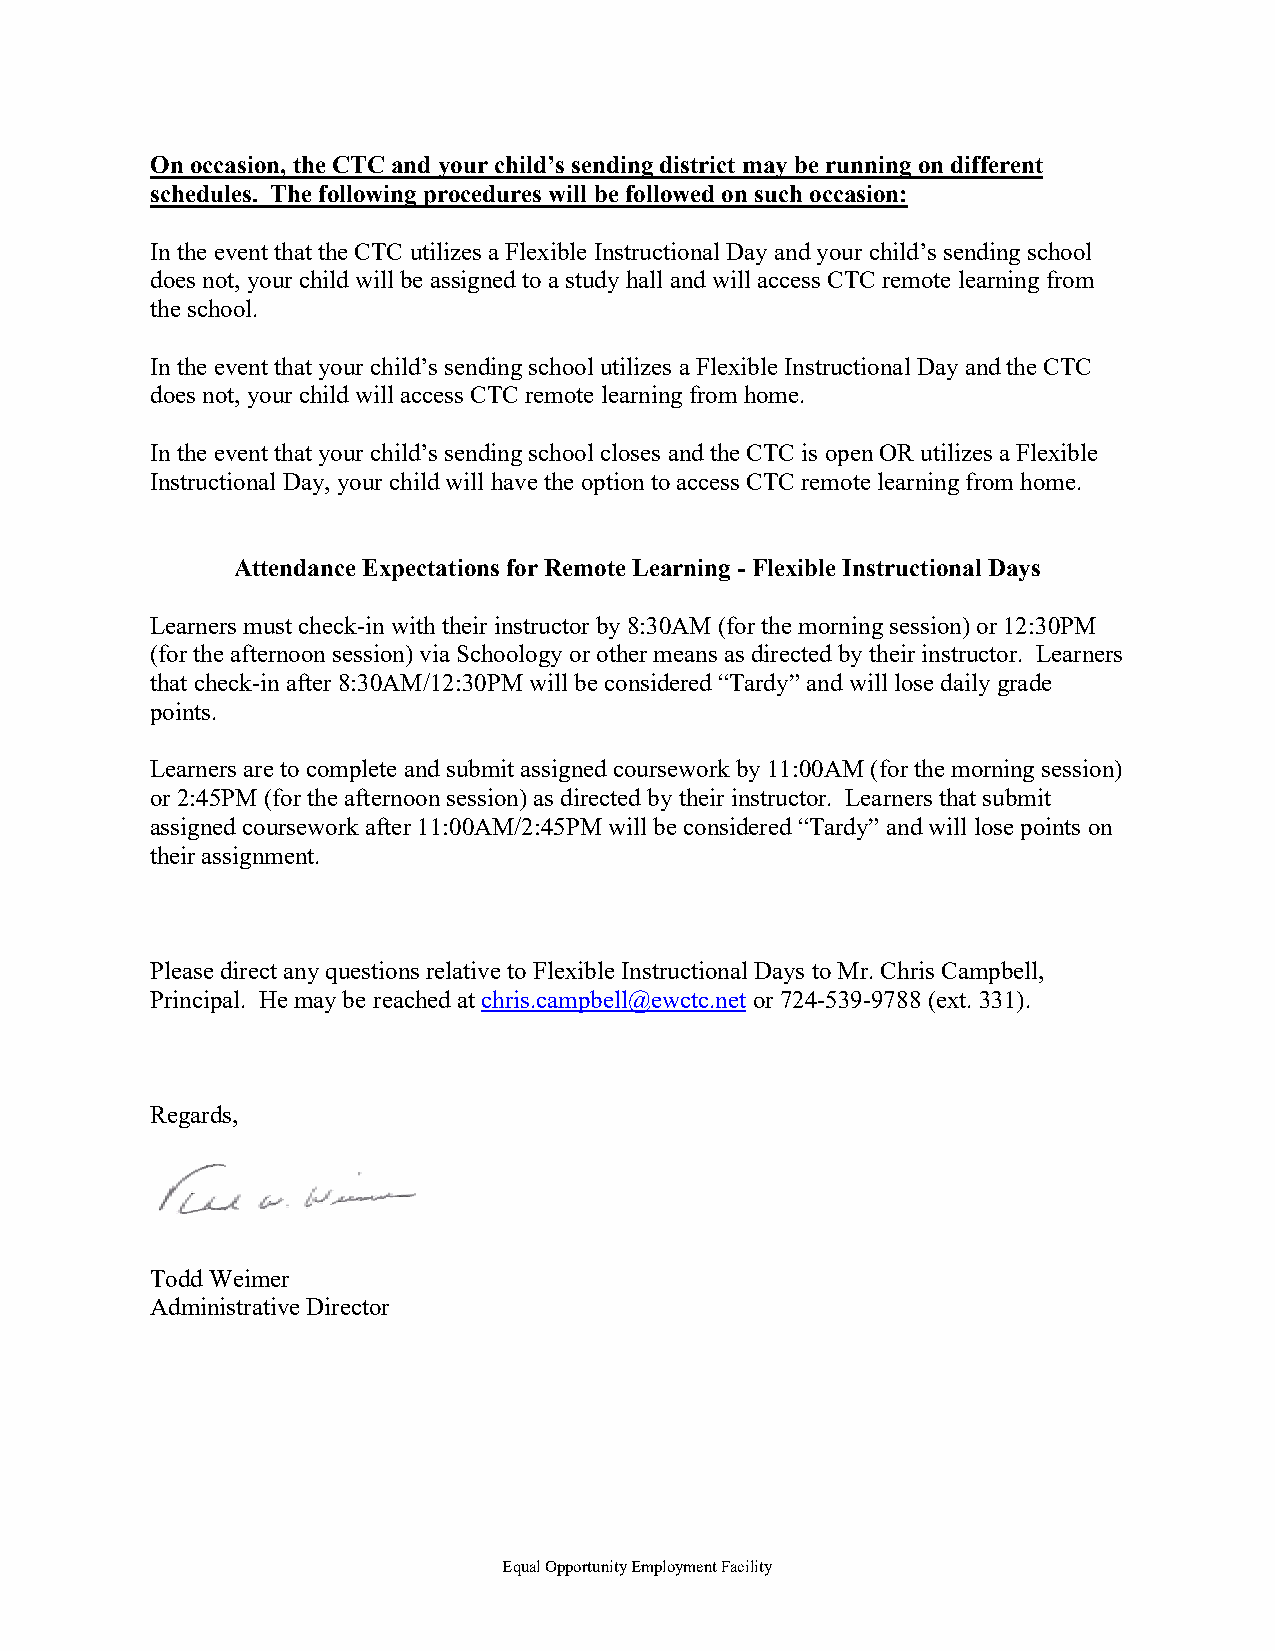
On occasion, the CTC and your child’s sending district may be running on different
 schedules. The following procedures will be followed on such occasion:
 In the event that the CTC utilizes a Flexible Instructional Day and your child’s sending school
 does not, your child will be assigned to a study hall and will access CTC remote learning from
 the school.
 In the event that your child’s sending school utilizes a Flexible Instructional Day and the CTC
 does not, your child will access CTC remote learning from home.
 In the event that your child’s sending school closes and the CTC is open OR utilizes a Flexible
 Instructional Day, your child will have the option to access CTC remote learning from home.
 Attendance Expectations for Remote Learning - Flexible Instructional Days
 Learners must check-in with their instructor by 8:30AM (for the morning session) or 12:30PM
 (for the afternoon session) via Schoology or other means as directed by their instructor. Learners
 that check-in after 8:30AM/12:30PM will be considered “Tardy” and will lose daily grade
 points.
 Learners are to complete and submit assigned coursework by 11:00AM (for the morning session)
 or 2:45PM (for the afternoon session) as directed by their instructor. Learners that submit
 assigned coursework after 11:00AM/2:45PM will be considered “Tardy” and will lose points on
 their assignment.
 Please direct any questions relative to Flexible Instructional Days to Mr. Chris Campbell,
 Principal. He may be reached at chris.campbell@ewctc.net or 724-539-9788 (ext. 331).
 Regards,
 Todd Weimer
 Administrative Director
 Equal Opportunity Employment Facility